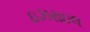
ઇઝરાઇલ